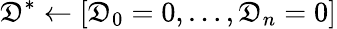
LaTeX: \mathfrak{D}^{*}\gets[\mathfrak{D}_{0}=0,\dots,\mathfrak{D}_{n}=0]